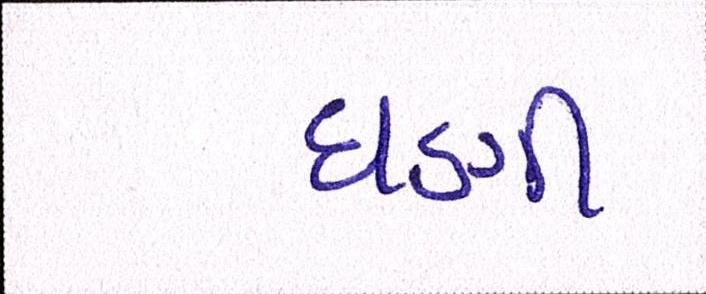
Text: ઘણી